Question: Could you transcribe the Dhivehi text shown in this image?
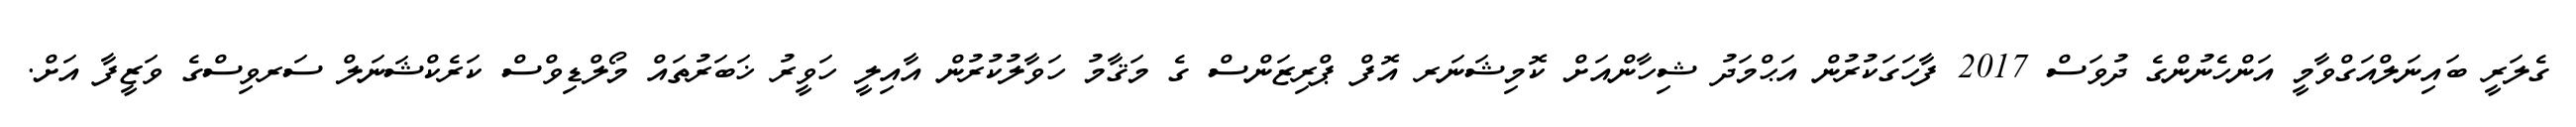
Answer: ގެލަރީ ބައިނަލްއަގްވާމީ އަންހެނުންގެ ދުވަސް 2017 ފާހަގަކުރުން އަޙްމަދު ޝިހާންއަށް ކޮމިޝަނަރ އޮފް ޕްރިޒަންސް ގެ މަޤާމު ހަވާލުކުރުން އާއިލީ ހަވީރު ޚަބަރުތައް މޯލްޑިވްސް ކަރެކްޝަނަލް ސަރވިސްގެ ވަޒީފާ އަށް.